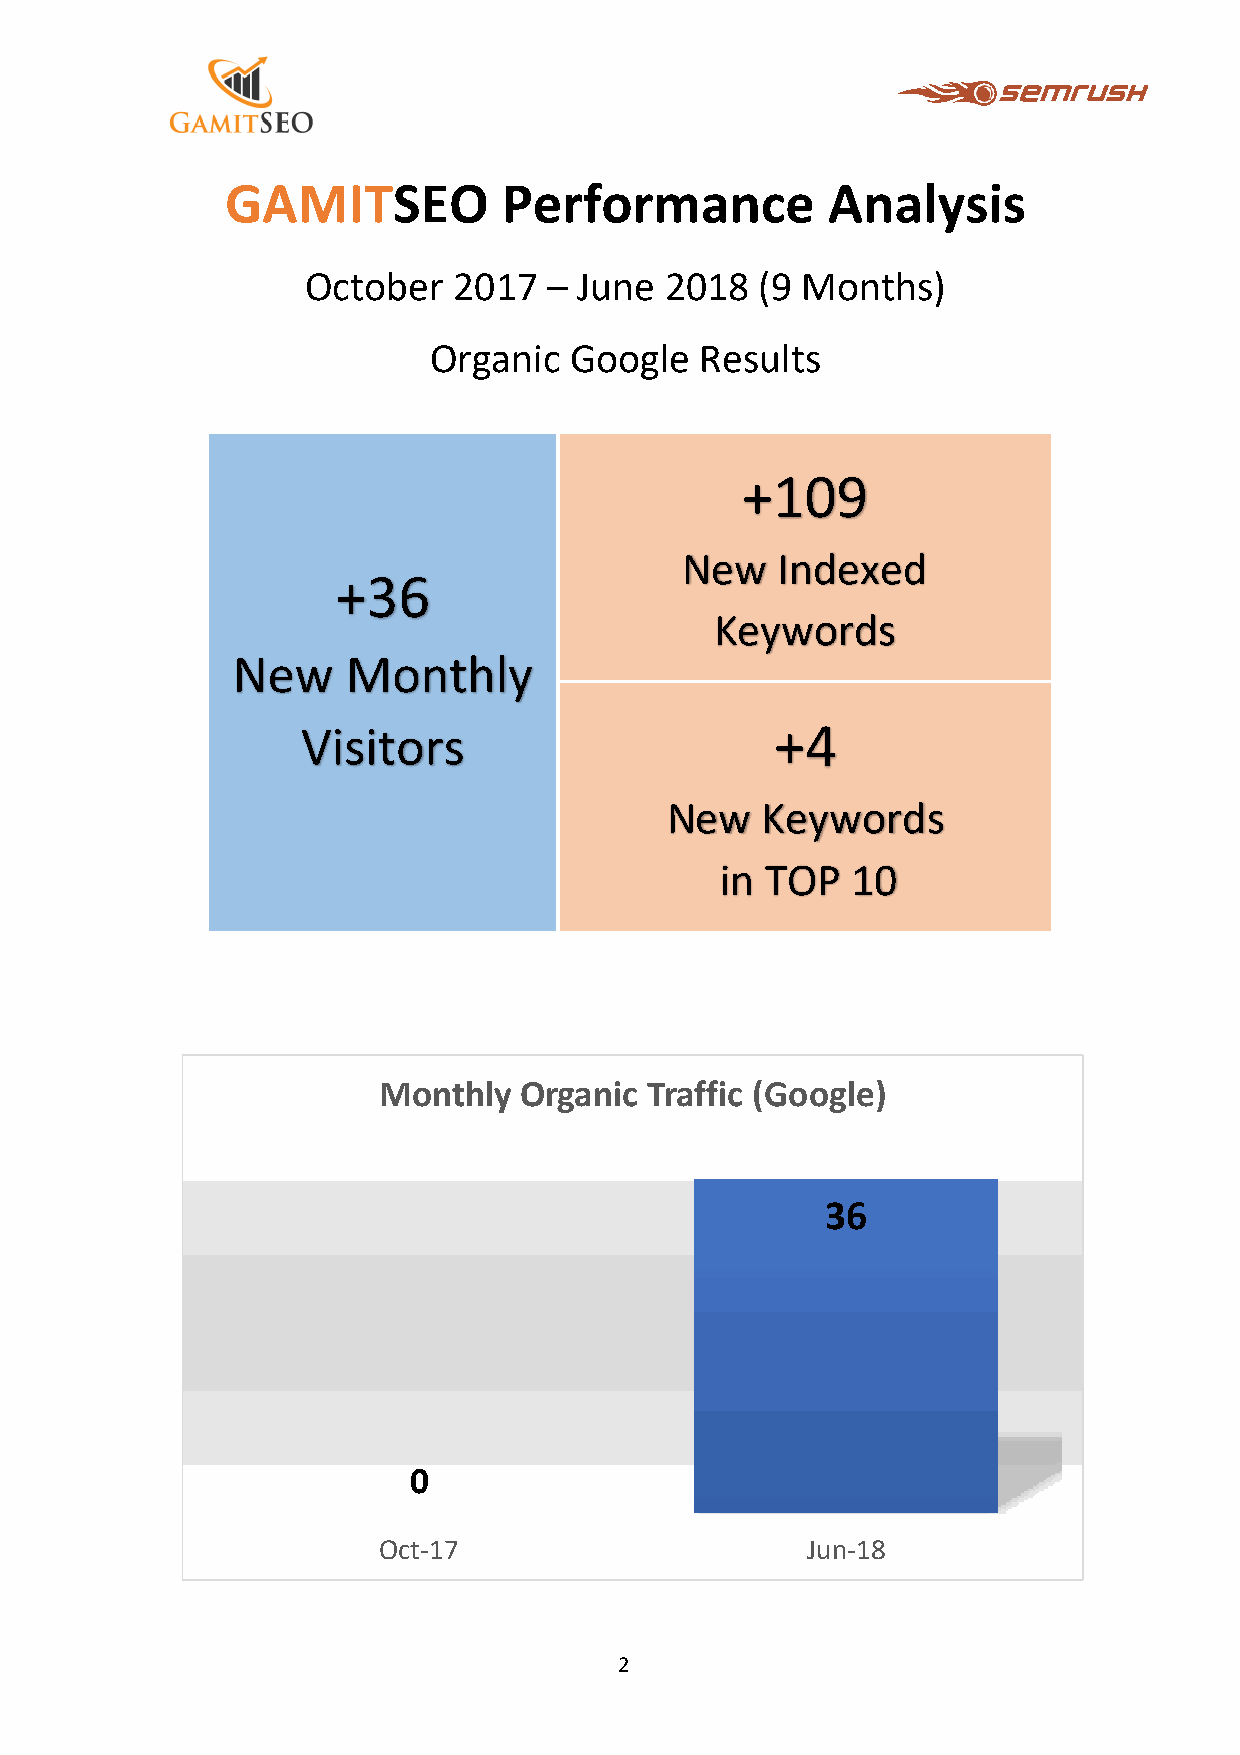
GAMITSEO          Performance           Analysis
 October   2017  – June  2018  (9 Months)
 Organic   Google  Results
 +109
 New   Indexed
 +36
 Keywords
 New     Monthly
 Visitors                       +4
 N ew  Keywords
 in TOP  10
 Monthly  Organic  Traffic (Google)
 36
 0
 Oct-17                      Jun-18
 2